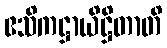
ဧသိကဋ္ဌာယိဋ္ဌိတာတိ